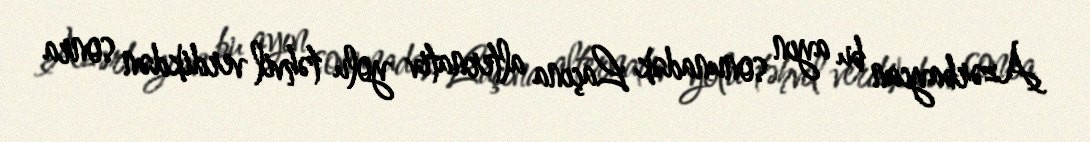
Azərbaycan bu ayın sonunadək Laçına alternativ yolu təhvil verdikdən sonra